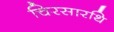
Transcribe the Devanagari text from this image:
चिरसारथि